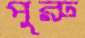
পুরু